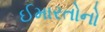
ઈમારતોનો